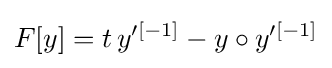
F[y]=t\,y'^{[-1]}-y\circ y'^{[-1]}